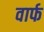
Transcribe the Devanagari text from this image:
वार्फ